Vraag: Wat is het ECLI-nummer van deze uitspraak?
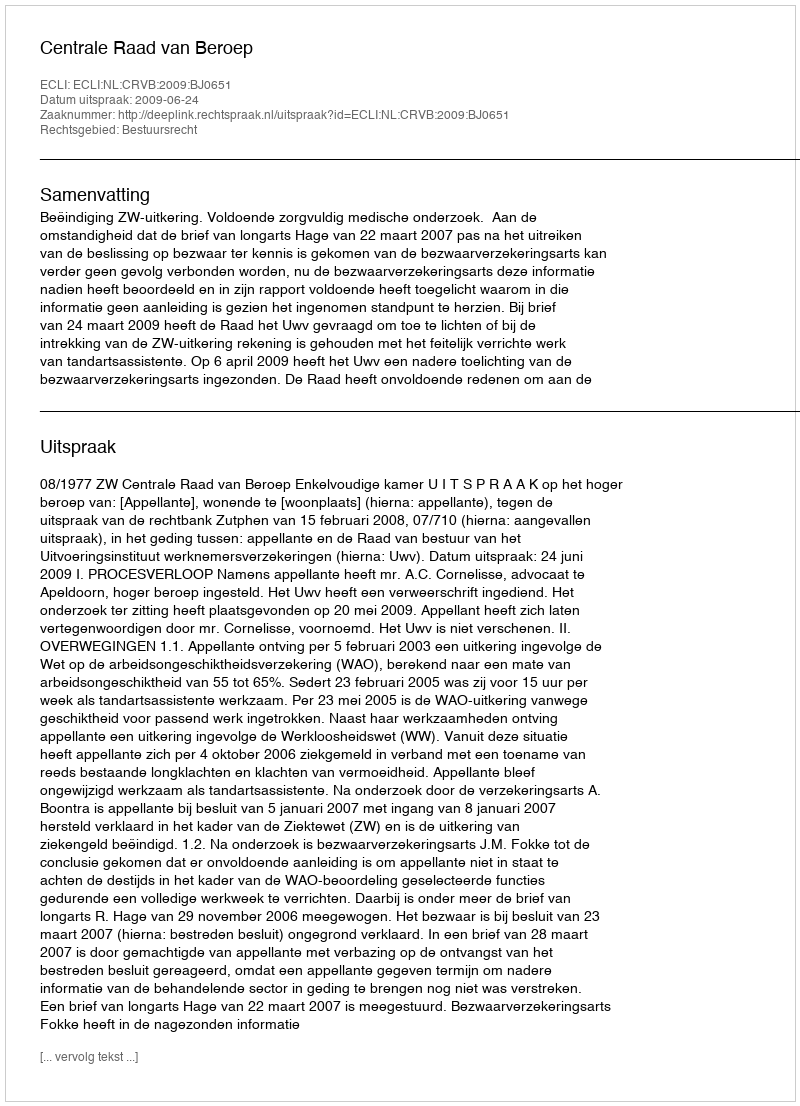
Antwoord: ECLI:NL:CRVB:2009:BJ0651